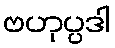
ဗဟုပ္ပဒါ